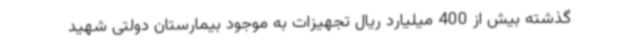
گذشته بیش از 400 میلیارد ریال تجهیزات به موجود بیمارستان دولتی شهید